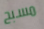
مسبح